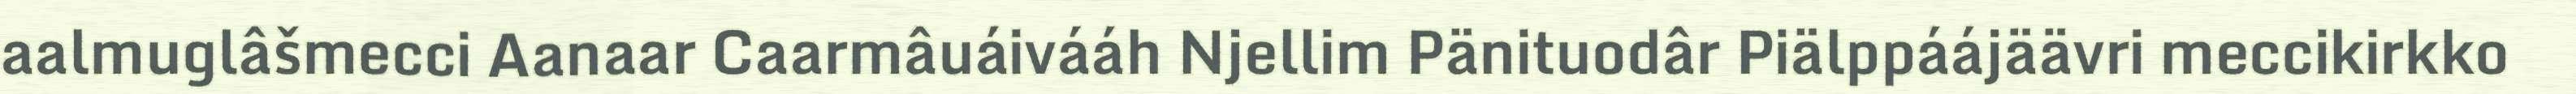
aalmuglâšmecci Aanaar Caarmâuáivááh Njellim Pänituodâr Piälppáájäävri meccikirkko